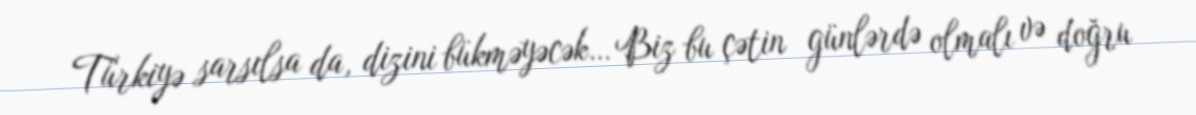
Türkiyə sarsılsa da, dizini bükməyəcək… Biz bu çətin günlərdə olmalı və doğru